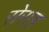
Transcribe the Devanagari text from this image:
सेराह